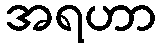
အရဟာ